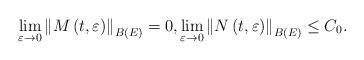
LaTeX: \begin{align*}\lim_{\varepsilon \rightarrow 0}\left\Vert M\left( t,\varepsilon \right)\right\Vert _{B\left( E\right) }=0,\lim_{\varepsilon \rightarrow0}\left\Vert N\left( t,\varepsilon \right) \right\Vert _{B\left( E\right)}\leq C_{0}. \end{align*}